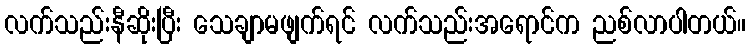
လက်သည်းနီဆိုးပြီး သေချာမဖျက်ရင် လက်သည်းအရောင်က ညစ်လာပါတယ်။